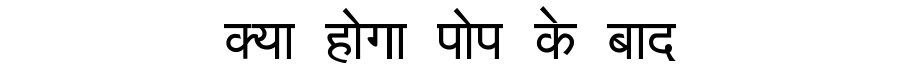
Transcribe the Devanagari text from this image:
क्या होगा पोप के बाद